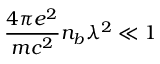
\frac { 4 \pi e ^ { 2 } } { m c ^ { 2 } } n _ { b } \lambda ^ { 2 } \ll 1